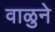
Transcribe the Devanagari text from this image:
वाळुने